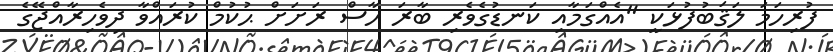
ފުރިހަމަ ލަޤަބުފުޅަކީ "އެއްގަމާއި ކަނޑުގެވެރި ބާރަ ހާސް ރަށަށް ޙުކުމް ކުރައްވާ ދިވެހިރާއްޖޭގެ